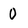
Character: 0